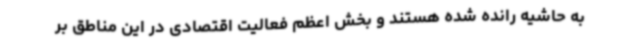
به حاشیه رانده شده هستند و بخش اعظم فعالیت اقتصادی در این مناطق بر